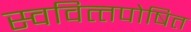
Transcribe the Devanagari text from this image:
स्‍ववित्‍तपोषित